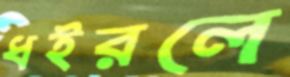
ধইরলে